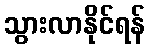
သွားလာနိုင်ရန်